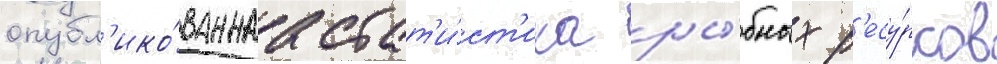
опубл'ико́ваннаа стат'и́ст'ика ры́бных р'есу́рсов